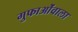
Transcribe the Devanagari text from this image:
गुफाओंवाला